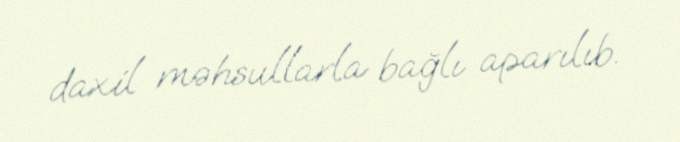
daxil məhsullarla bağlı aparılıb.